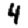
Digit: 4